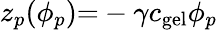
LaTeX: z_{p}(\phi_{p}){=}-\gamma c_{\mathrm{gel}}\phi_{p}